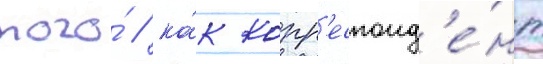
того́ / ка́к корр'еспонд'е́нт